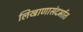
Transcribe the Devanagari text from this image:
लिखाणासंदर्भात